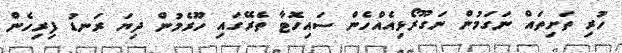
ހުރި ތަށިތައް ނަގަމުން ނަގޫރޯޅިއެއްހެން ސައިހޮޓާ ތެރޭގައި ހޫރެމުން ދިޔަ ރަނޑު ފިރިހެން